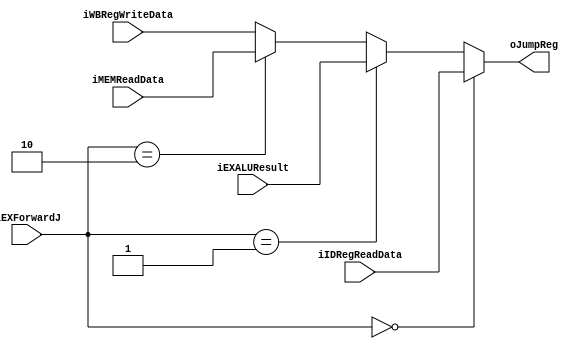
module JumpRegMUX(
			 iEXForwardJ,
			 iIDRegReadData,
			 iEXALUResult,
			 iMEMReadData,
			 iWBRegWriteData,
			 oJumpReg
);
	input [1:0] iEXForwardJ;
	input [31:0] iIDRegReadData;
	input [31:0] iEXALUResult;
	input [31:0] iMEMReadData;
	input [31:0] iWBRegWriteData;
	output [31:0] oJumpReg;

	assign oJumpReg = (iEXForwardJ == 2'b00)? iIDRegReadData:
					  (iEXForwardJ == 2'b01)? iEXALUResult:
					  (iEXForwardJ == 2'b10)? iMEMReadData:
					  iWBRegWriteData;

endmodule